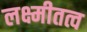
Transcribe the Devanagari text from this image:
लक्ष्मीतत्व